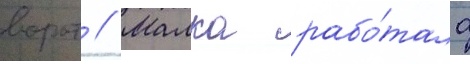
ворот // Малка рабо́тала